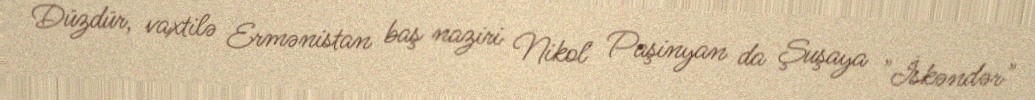
Düzdür, vaxtilə Ermənistan baş naziri Nikol Paşinyan da Şuşaya "İskəndər"